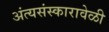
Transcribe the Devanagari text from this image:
अंत्यसंस्कारावेळी